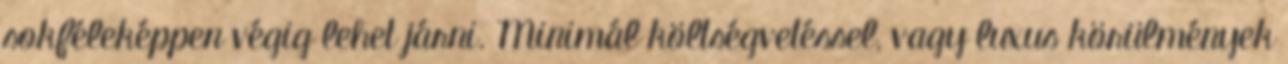
sokféleképpen végig lehet járni. Minimál költségvetéssel, vagy luxus körülmények